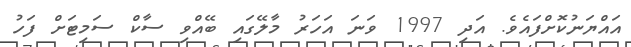
އައްޔަނުކޮށްފައެވެ. އަދި 1997 ވަނަ އަހަރު މާލޭގައި ބޭއްވި ސާކް ސަމިޓަށް ފަހު